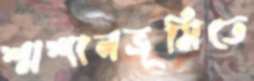
শ্মশানভূমিতে